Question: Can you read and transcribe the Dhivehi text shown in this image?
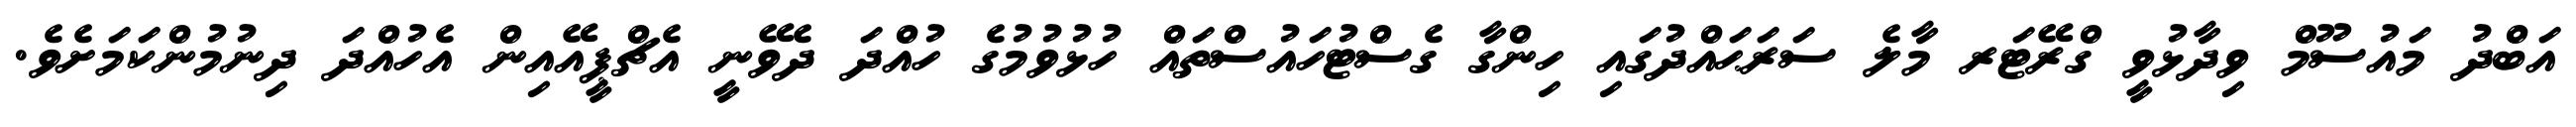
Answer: އަބްދު މައުސޫމް ވިދާޅުވީ ގްރޭޓަރ މާލެ ސަރަޙައްދުގައި ހިންގާ ގެސްޓުހައުސްތައް ހުޅުވުމުގެ ހުއްދަ ދެވޭނީ އެޗްޕީއޭއިން އެހުއްދަ ދިނުމުންކަމަށެވެ.